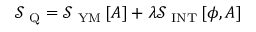
{ \mathcal S } _ { \mathrm { \scriptsize ~ Q } } = { \mathcal S } _ { \mathrm { \scriptsize ~ Y M } } \left[ A \right] + \lambda { \mathcal S } _ { \mathrm { \scriptsize ~ I N T } } \left[ \phi , A \right]